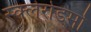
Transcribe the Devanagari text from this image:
स्क्‍लेरोडर्मा